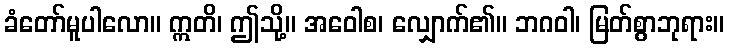
ခံတော်မူပါလော။ ဣတိ၊ ဤသို့။ အဝေါစ၊ လျှောက်၏။ ဘဂဝါ၊ မြတ်စွာဘုရား။